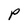
Character: p